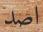
اصد